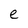
Character: e